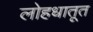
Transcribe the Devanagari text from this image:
लोहधातूत